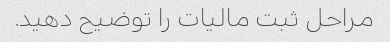
مراحل ثبت مالیات را توضیح دهید.